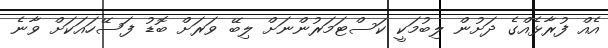
އެއް ފުރާޅެއްގެ ދަށުން ލިބުމަކީ ކަސްޓަމަރުންނަށް ލިބޭ ވަރަށް ބޮޑު ފަސޭހައަކަށް ވާނެ